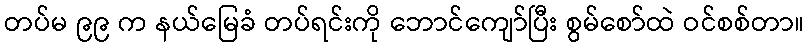
တပ်မ ၉၉ က နယ်မြေခံ တပ်ရင်းကို ဘောင်ကျော်ပြီး စွမ်စော်ထဲ ဝင်စစ်တာ။